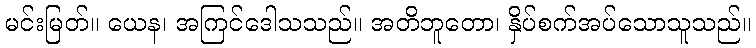
မင်းမြတ်။ ယေန၊ အကြင်ဒေါသသည်။ အတိဘူတော၊ နှိပ်စက်အပ်သောသူသည်။